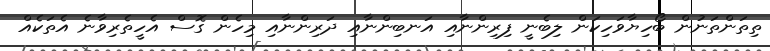
ތިތަންތަނުން ބޯހިޔާވަހިކަން ލިބެނީ ފިރިންނާއި އަނބިންނާއި ދަރިންނާއި މިހެން ގޮސް އެހީތެރިވާނެ އެތަކެއް